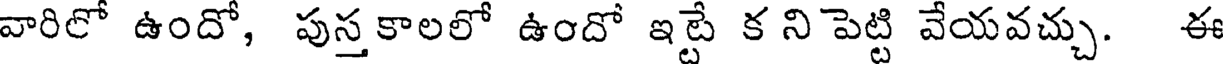
వారిలో ఉందో, పుస్త కాలలో ఉందో ఇట్టే క ని పెట్టి వేయవచ్చు. ఈ